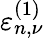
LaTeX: \varepsilon_{n,\nu}^{(1)}